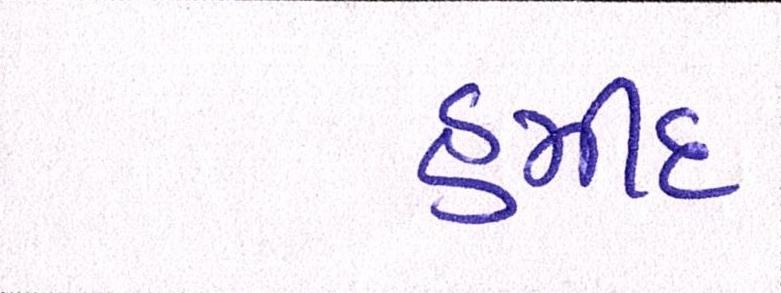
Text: હમીદ